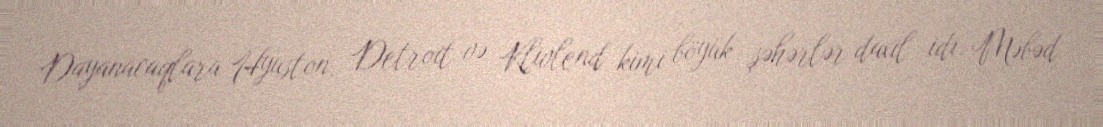
Dayanacaqlara Hyuston, Detroit və Klivlend kimi böyük şəhərlər daxil idi. Məbəd